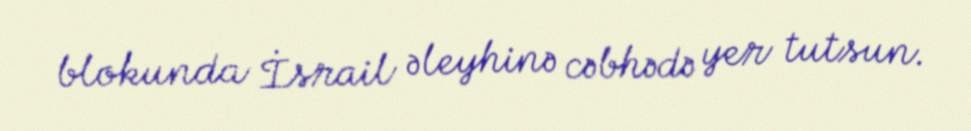
blokunda İsrail əleyhinə cəbhədə yer tutsun.